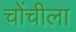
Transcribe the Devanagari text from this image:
चोंचीला